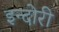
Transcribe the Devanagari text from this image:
इन्दोरी